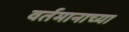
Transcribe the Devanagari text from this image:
वर्तमानाच्या